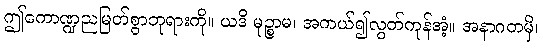
ဤကောဏ္ဍညမြတ်စွာဘုရားကို။ ယဒိ မုဉ္စာမ၊ အကယ်၍လွတ်ကုန်အံ့။ အနာဂတမှိ၊